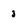
Character: 3